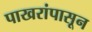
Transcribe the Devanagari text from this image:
पाखरांपासून